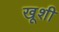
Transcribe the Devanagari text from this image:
खूशी